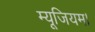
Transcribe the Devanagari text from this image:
म्यूजियम।